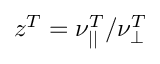
z ^ { T } = \nu _ { | | } ^ { T } / \nu _ { \perp } ^ { T }